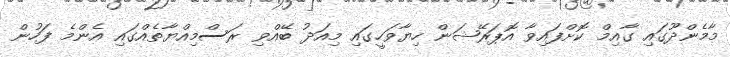
މާމެންދޫގައި ގާއިމް ކޮށްފައިވާ އޮޕަރޭޝަން ހިޔާވަހީގައި މިއަދު ބޭއްވި ރަސްމިއްޔާތެއްގައި އެންމެ ފަހުން